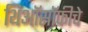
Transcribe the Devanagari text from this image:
थिऑसॉफीचे